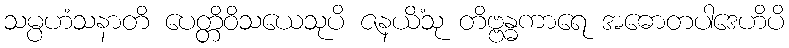
သမ္ပဟံသနာတိ ပေတ္တိဝိသယေသုပိ ဇနယိံသု တိဗ္ဗန္ဓကာရေ အဓောတပါဒေဟိပိ